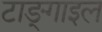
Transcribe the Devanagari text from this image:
टाङ्गाइल